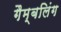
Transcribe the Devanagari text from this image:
गैम्बलिंग